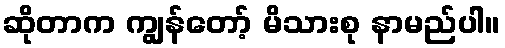
ဆိုတာက ကျွန်တော့် မိသားစု နာမည်ပါ။